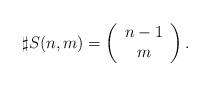
LaTeX: \begin{align*}\sharp S(n,m)=\left(\begin{array}{c} n-1 \\ m\end{array}\right).\end{align*}